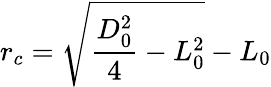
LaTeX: r_{c}=\sqrt{\frac{D_{0}^{2}}{4}-L_{0}^{2}}-L_{0}